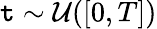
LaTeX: \mathtt{t}\sim\mathcal{{U}}([0,T])